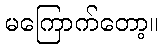
မကြောက်တော့။